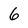
Character: 6